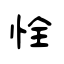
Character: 恮